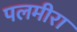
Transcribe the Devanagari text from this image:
पलमीरा